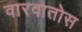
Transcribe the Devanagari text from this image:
वारवातोस